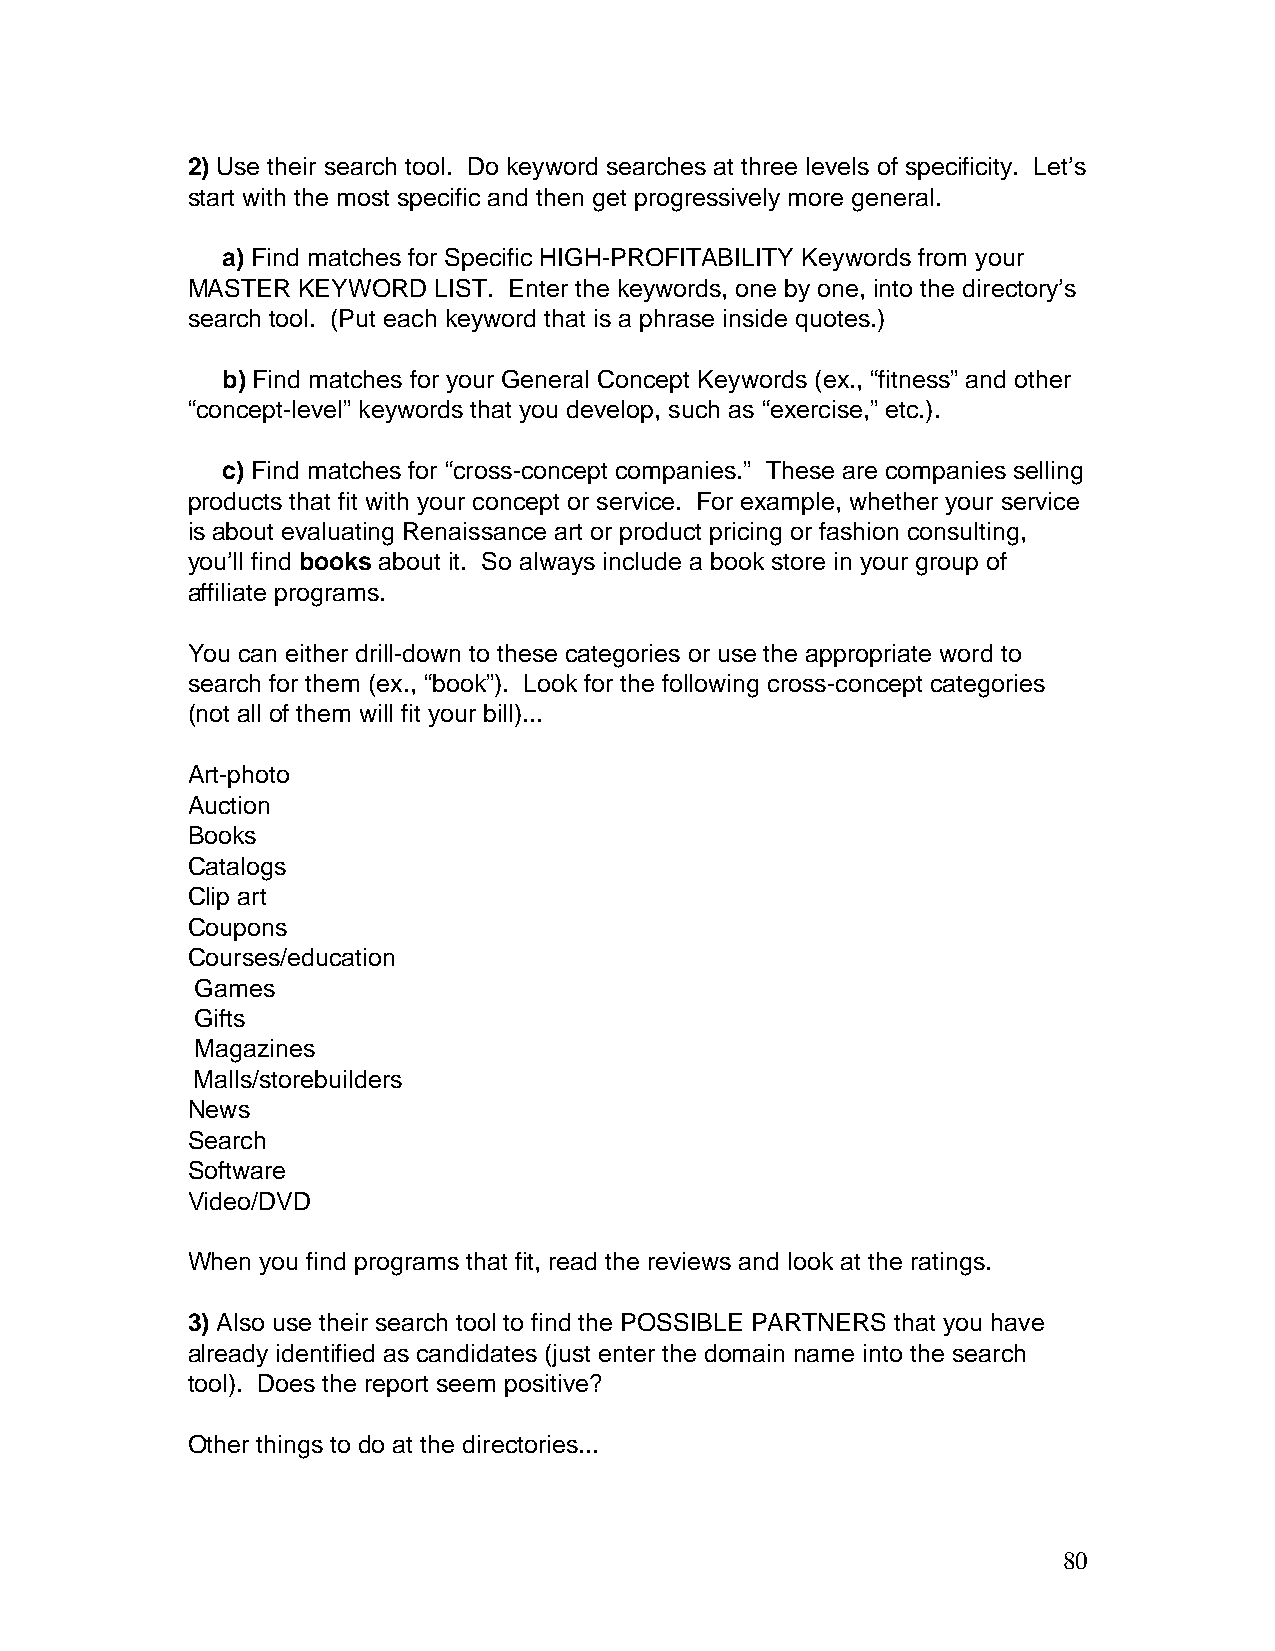
2) Use their search tool. Do keyword searches at three levels of specificity. Let’s
 start with the most specific and then get progressively more general.
 a) Find matches for Specific HIGH-PROFITABILITY Keywords from your
 MASTER  KEYWORD  LIST. Enter the keywords, one by one, into the directory’s
 search tool. (Put each keyword that is a phrase inside quotes.)
 b) Find matches for your General Concept Keywords (ex., “fitness” and other
 “concept-level” keywords that you develop, such as “exercise,” etc.).
 c) Find matches for “cross-concept companies.” These are companies selling
 products that fit with your concept or service. For example, whether your service
 is about evaluating Renaissance art or product pricing or fashion consulting,
 you’ll find books about it. So always include a book store in your group of
 affiliate programs.
 You can either drill-down to these categories or use the appropriate word to
 search for them (ex., “book”). Look for the following cross-concept categories
 (not all of them will fit your bill)...
 Art-photo
 Auction
 Books
 Catalogs
 Clip art
 Coupons
 Courses/education
 Games
 Gifts
 Magazines
 Malls/storebuilders
 News
 Search
 Software
 Video/DVD
 When you find programs that fit, read the reviews and look at the ratings.
 3) Also use their search tool to find the POSSIBLE PARTNERS that you have
 already identified as candidates (just enter the domain name into the search
 tool). Does the report seem positive?
 Other things to do at the directories...
 80